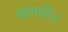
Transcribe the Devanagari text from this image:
छामरी।।